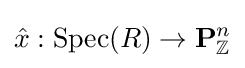
{\hat {x}}:{\text{Spec}}(R)\to \mathbf {P} _{\mathbb {Z} }^{n}